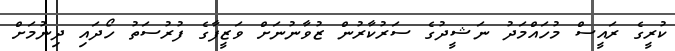
ކުރީގެ ރައީސް މުހައްމަދު ނަޝީދުގެ ސަރުކާރުން ޒުވާނުނަށް ވަޒީފާގެ ފުރުސަތު ހޯދައި ދިނުމަށް